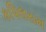
કપિલરામ